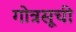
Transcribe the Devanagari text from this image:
गोत्रसूची